Source: Computer-generated
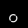
Digit: ၀ (0)